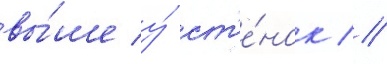
вы́ше у́ ст'е́нок //